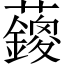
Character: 𱿄